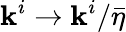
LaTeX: \mathbf{k}^{i}\to\mathbf{k}^{i}/\bar{{\eta}}